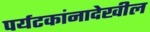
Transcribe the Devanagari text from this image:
पर्यटकांनादेखील